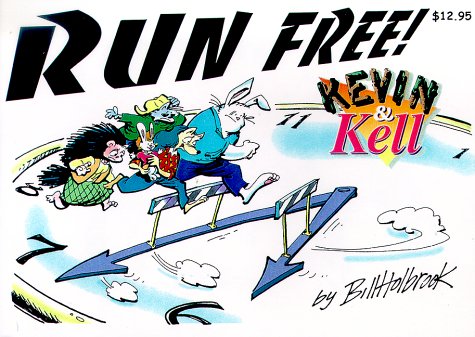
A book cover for Kevin & Kell: Run Free! (Kevin & Kell); Bill Holbrook; Children's Books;